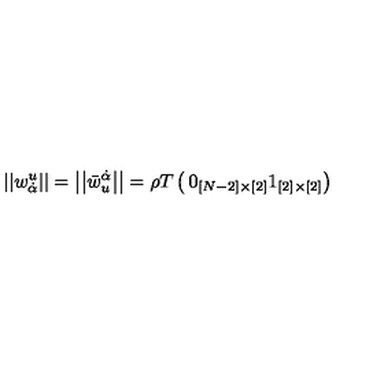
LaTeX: \left| \left| w _ { \dot { \alpha } } ^ { u } \right| \right| = \left| \left| \bar { w } _ { u } ^ { \dot { \alpha } } \right| \right| = \rho T \left( \begin{matrix} { 0 _ { [ N - 2 ] \times [ 2 ] } } \\ { 1 _ { [ 2 ] \times [ 2 ] } } \\ \end{matrix} \right)